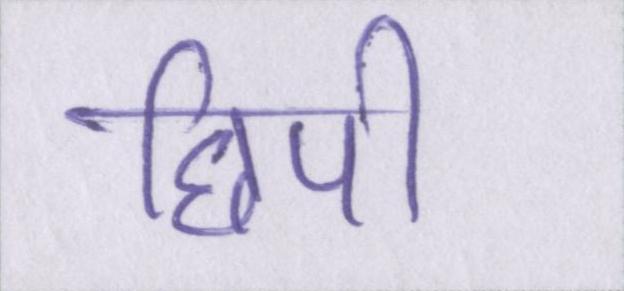
छिपी